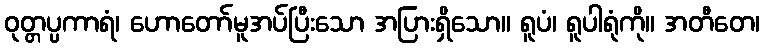
ဝုတ္တပ္ပကာရံ၊ ဟောတော်မူအပ်ပြီးသော အပြားရှိသော။ ရူပံ၊ ရူပါရုံကို။ အတီတေ၊